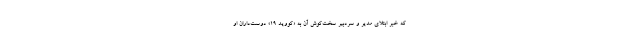
که خبر ابتلای مدیر و سردبیر سخت‌کوش آن به «کووید 19» دوست‌داران او